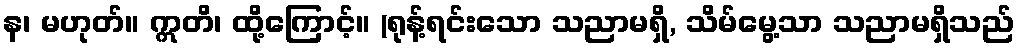
န၊ မဟုတ်။ ဣတိ၊ ထို့ကြောင့်။ (ရုန့်ရင်းသော သညာမရှိ, သိမ်မွေ့သာ သညာမရှိသည်